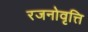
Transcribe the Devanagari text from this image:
रजनोवृत्ति